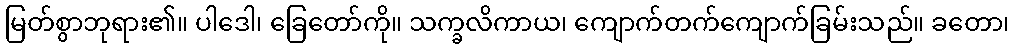
မြတ်စွာဘုရား၏။ ပါဒေါ၊ ခြေတော်ကို။ သက္ခလိကာယ၊ ကျောက်တက်ကျောက်ခြမ်းသည်။ ခတော၊